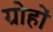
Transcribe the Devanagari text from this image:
ग्रोहों